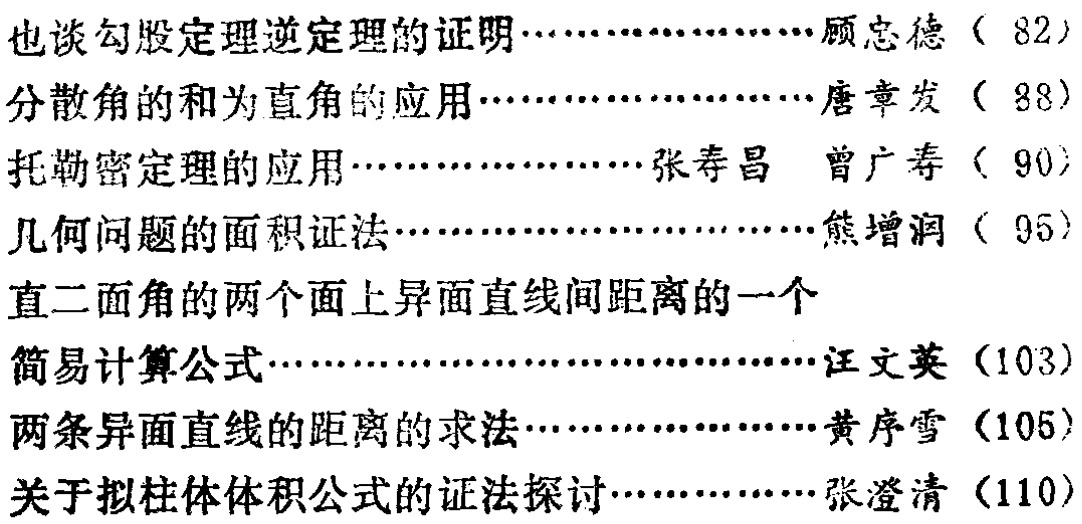
\begin{enumerate}

\item 也谈勾股定理逆定理的证明…………………顾忠德（82）

\item 分散角的和为直角的应用…………………唐章发（88）

\item 托勒密定理的应用…………………张寿昌 曾广寿（90）

\item 几何问题的面积证法……………………熊增润（95）

\item 直二面角的两个面上异面直线间距离的一个简易计算公式……………………汪文英（103）

\item 两条异面直线的距离的求法…………………黄序雪（105）

\item 关于拟柱体体积公式的证法探讨………………张澄清（110）

\end{enumerate}